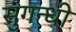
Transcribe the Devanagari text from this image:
सुगन्धी